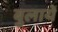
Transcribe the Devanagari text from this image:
बुलायें